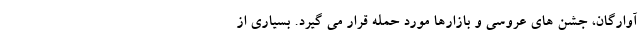
آوارگان، جشن های عروسی و بازارها مورد حمله قرار می گیرد. بسیاری از